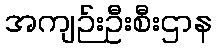
အကျဉ်းဦးစီးဌာန